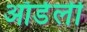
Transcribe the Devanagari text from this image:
ऑर्डर्ली